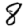
Digit: 8